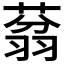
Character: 𱻜